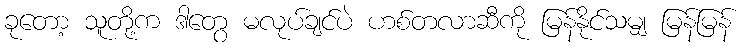
ခုတော့ သူတို့က ဒါတွေ မလုပ်ချင်ပဲ ဟစ်တလာဆီကို မြန်နိုင်သမျှ မြန်မြန်